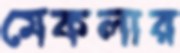
মেকলার